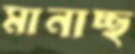
মানাচ্ছ